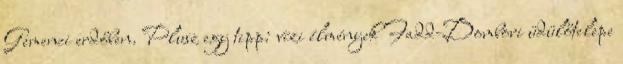
Gemenci erdőben. Plusz egy tipp: vízi élmények Fadd-Dombori üdülőtelepe